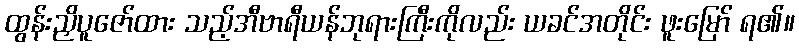
ထွန်းညှိပူဇော်ထား သည့်အီဗာရီယန်ဘုရားကြီးကိုလည်း ယခင်အတိုင်း ဖူးမြော် ရ၏။